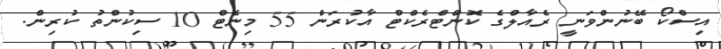
އިސްކޯ ބޭނުންވަނީ ރެއާލްގެ ކޮންޓްރެކްޓް އާކުރަން 55 މިނެޓް 10 ސިކުންތު ކުރިން.